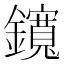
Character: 鑧